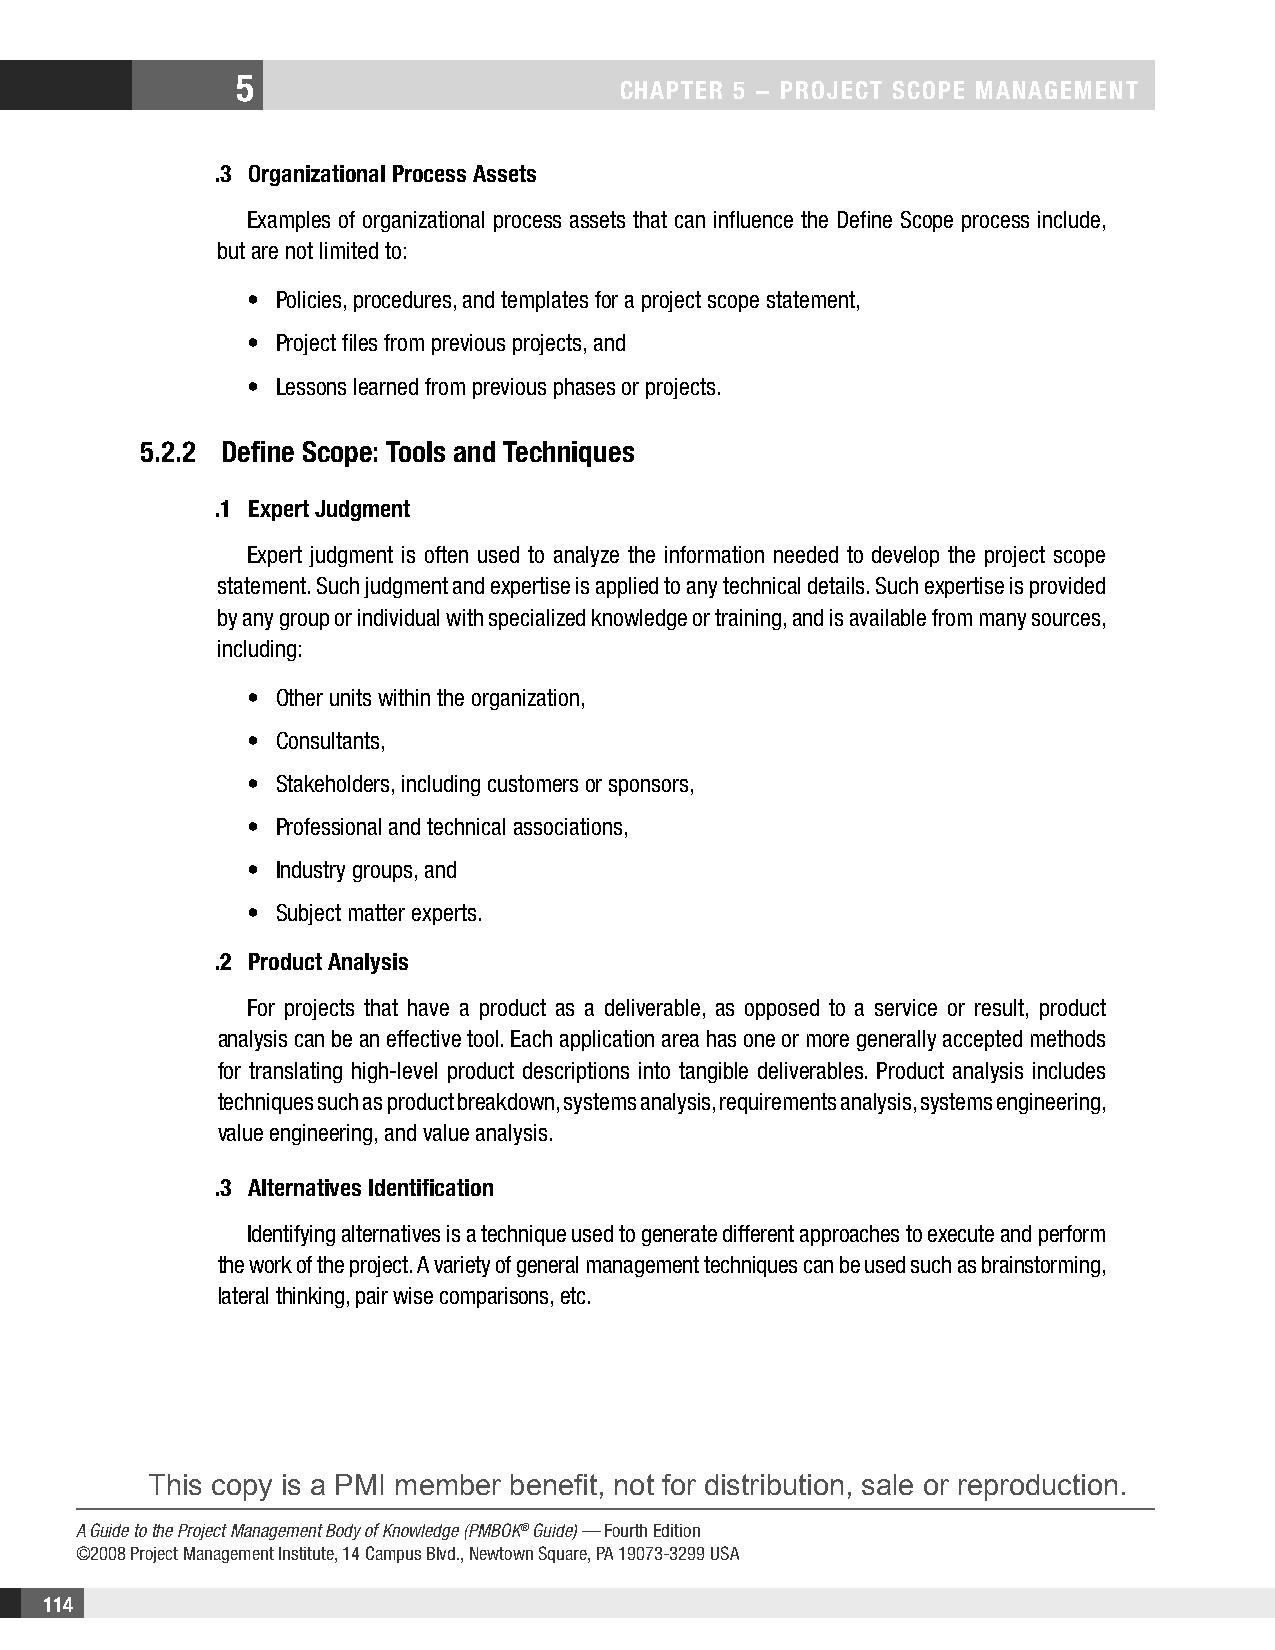
5
 CHAPTER 5 − PROjECT SCOPE MAnAgEMEnT
 .3 Organizational Process Assets
 Examples of organizational process assets that can influence the Define Scope process include,
 but are not limited to:
 • Policies, procedures, and templates for a project scope statement,
 • Project files from previous projects, and
 • Lessons learned from previous phases or projects.
 5.2.2 Define Scope: Tools and Techniques
 .1 Expert judgment
 Expert judgment is often used to analyze the information needed to develop the project scope
 statement. Such judgment and expertise is applied to any technical details. Such expertise is provided
 by any group or individual with specialized knowledge or training, and is available from many sources,
 including:
 • Other units within the organization,
 • Consultants,
 • Stakeholders, including customers or sponsors,
 • Professional and technical associations,
 • Industry groups, and
 • Subject matter experts.
 .2 Product Analysis
 For projects that have a product as a deliverable, as opposed to a service or result, product
 analysis can be an effective tool. Each application area has one or more generally accepted methods
 for translating high-level product descriptions into tangible deliverables. Product analysis includes
 techniques such as product breakdown, systems analysis, requirements analysis, systems engineering,
 value engineering, and value analysis.
 .3 Alternatives Identification
 Identifying alternatives is a technique used to generate different approaches to execute and perform
 the work of the project. A variety of general management techniques can be used such as brainstorming,
 lateral thinking, pair wise comparisons, etc.
 This copy is a PMI member benefit, not for distribution, sale or reproduction.
 A Guide to the Project Management Body of Knowledge (PMBOK® Guide) — Fourth Edition
 ©2008 Project Management Institute, 14 Campus Blvd., Newtown Square, PA 19073-3299 USA
 114